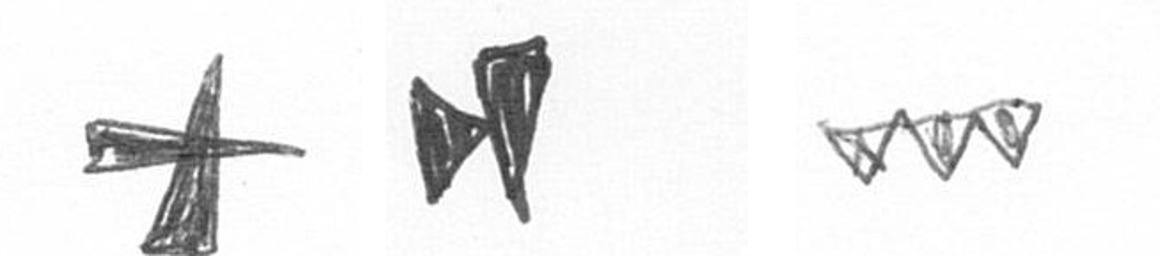
G M L